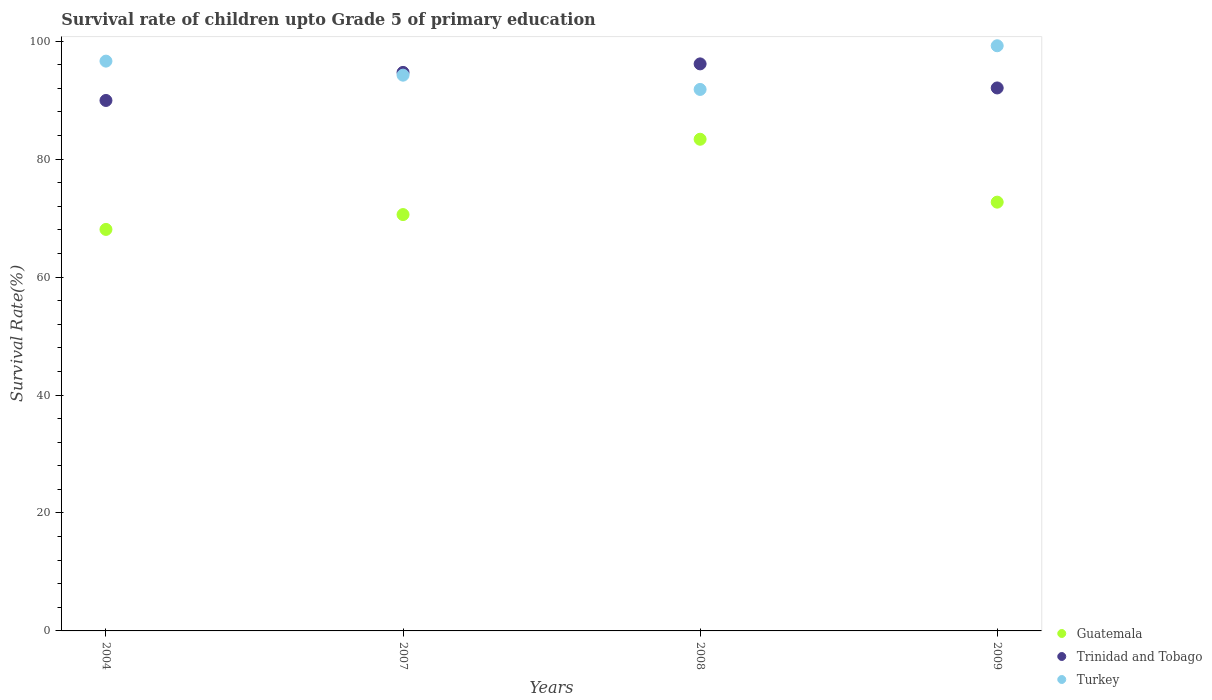
| Years | Guatemala | Trinidad and Tobago | Turkey |
 | --- | --- | --- | --- |
 | 2004 | 68.1 | 89.9 | 96.6 |
 | 2007 | 70.6 | 94.7 | 94.2 |
 | 2008 | 83.4 | 96.1 | 91.8 |
 | 2009 | 72.7 | 92.1 | 99.2 |